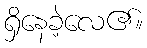
ရှိနေခဲ့လေ၏။